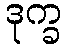
ဒုက္ခ